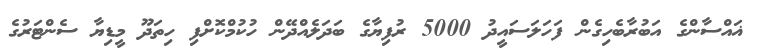
ޣައްސާންގެ އަބުރާބެހިގެން ފަހަލަސައީދު 5000 ރުފިޔާގެ ބަދަލެއްދޭން ހުކުމްކޮށްފި ހިތަދޫ މީޑިޔާ ސެންޓަރުގެ